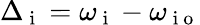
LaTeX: \Delta_{\mathrm{~i~}}=\omega_{\mathrm{~i~}}-\omega_{{\mathrm{~i~o~}}}